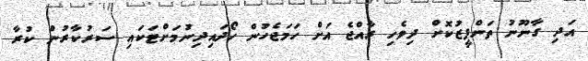
އަދި ގާނޫނު ތަންފީޒުކޮށް ދިވެހި ރާއްޖެ އަށް ހަމަޖެހުން ހޯދައިދިނުމަށްޓަކައި ސަރުކާރުން ކުރާ